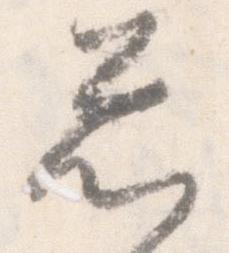
忩